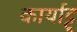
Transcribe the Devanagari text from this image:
कार्याट्टु